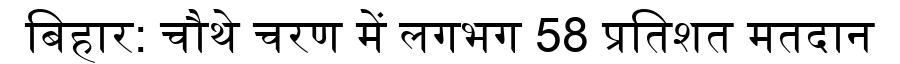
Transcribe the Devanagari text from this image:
बिहार: चौथे चरण में लगभग 58 प्रतिशत मतदान